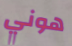
هوني